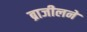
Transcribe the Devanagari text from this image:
ब्राजीलने